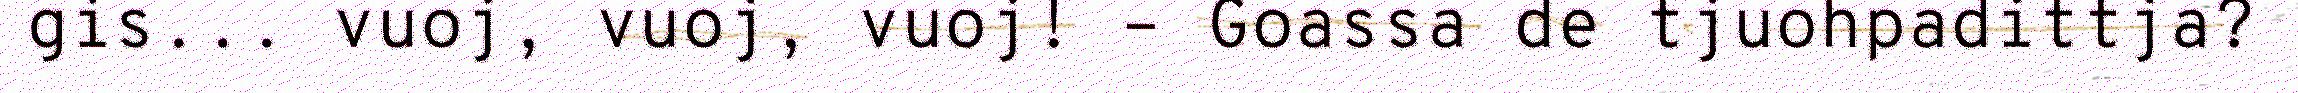
gis... vuoj, vuoj, vuoj! – Goassa de tjuohpadittja?